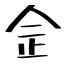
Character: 佱